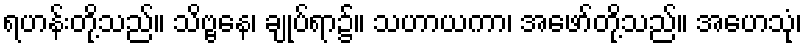
ရဟန်းတို့သည်။ သိဗ္ဗနေ၊ ချုပ်ရာ၌။ သဟာယကာ၊ အဖော်တို့သည်။ အဟေသုံ၊